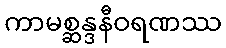
ကာမစ္ဆန္ဒနီဝရဏဿ